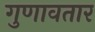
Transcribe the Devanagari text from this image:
गुणावतार